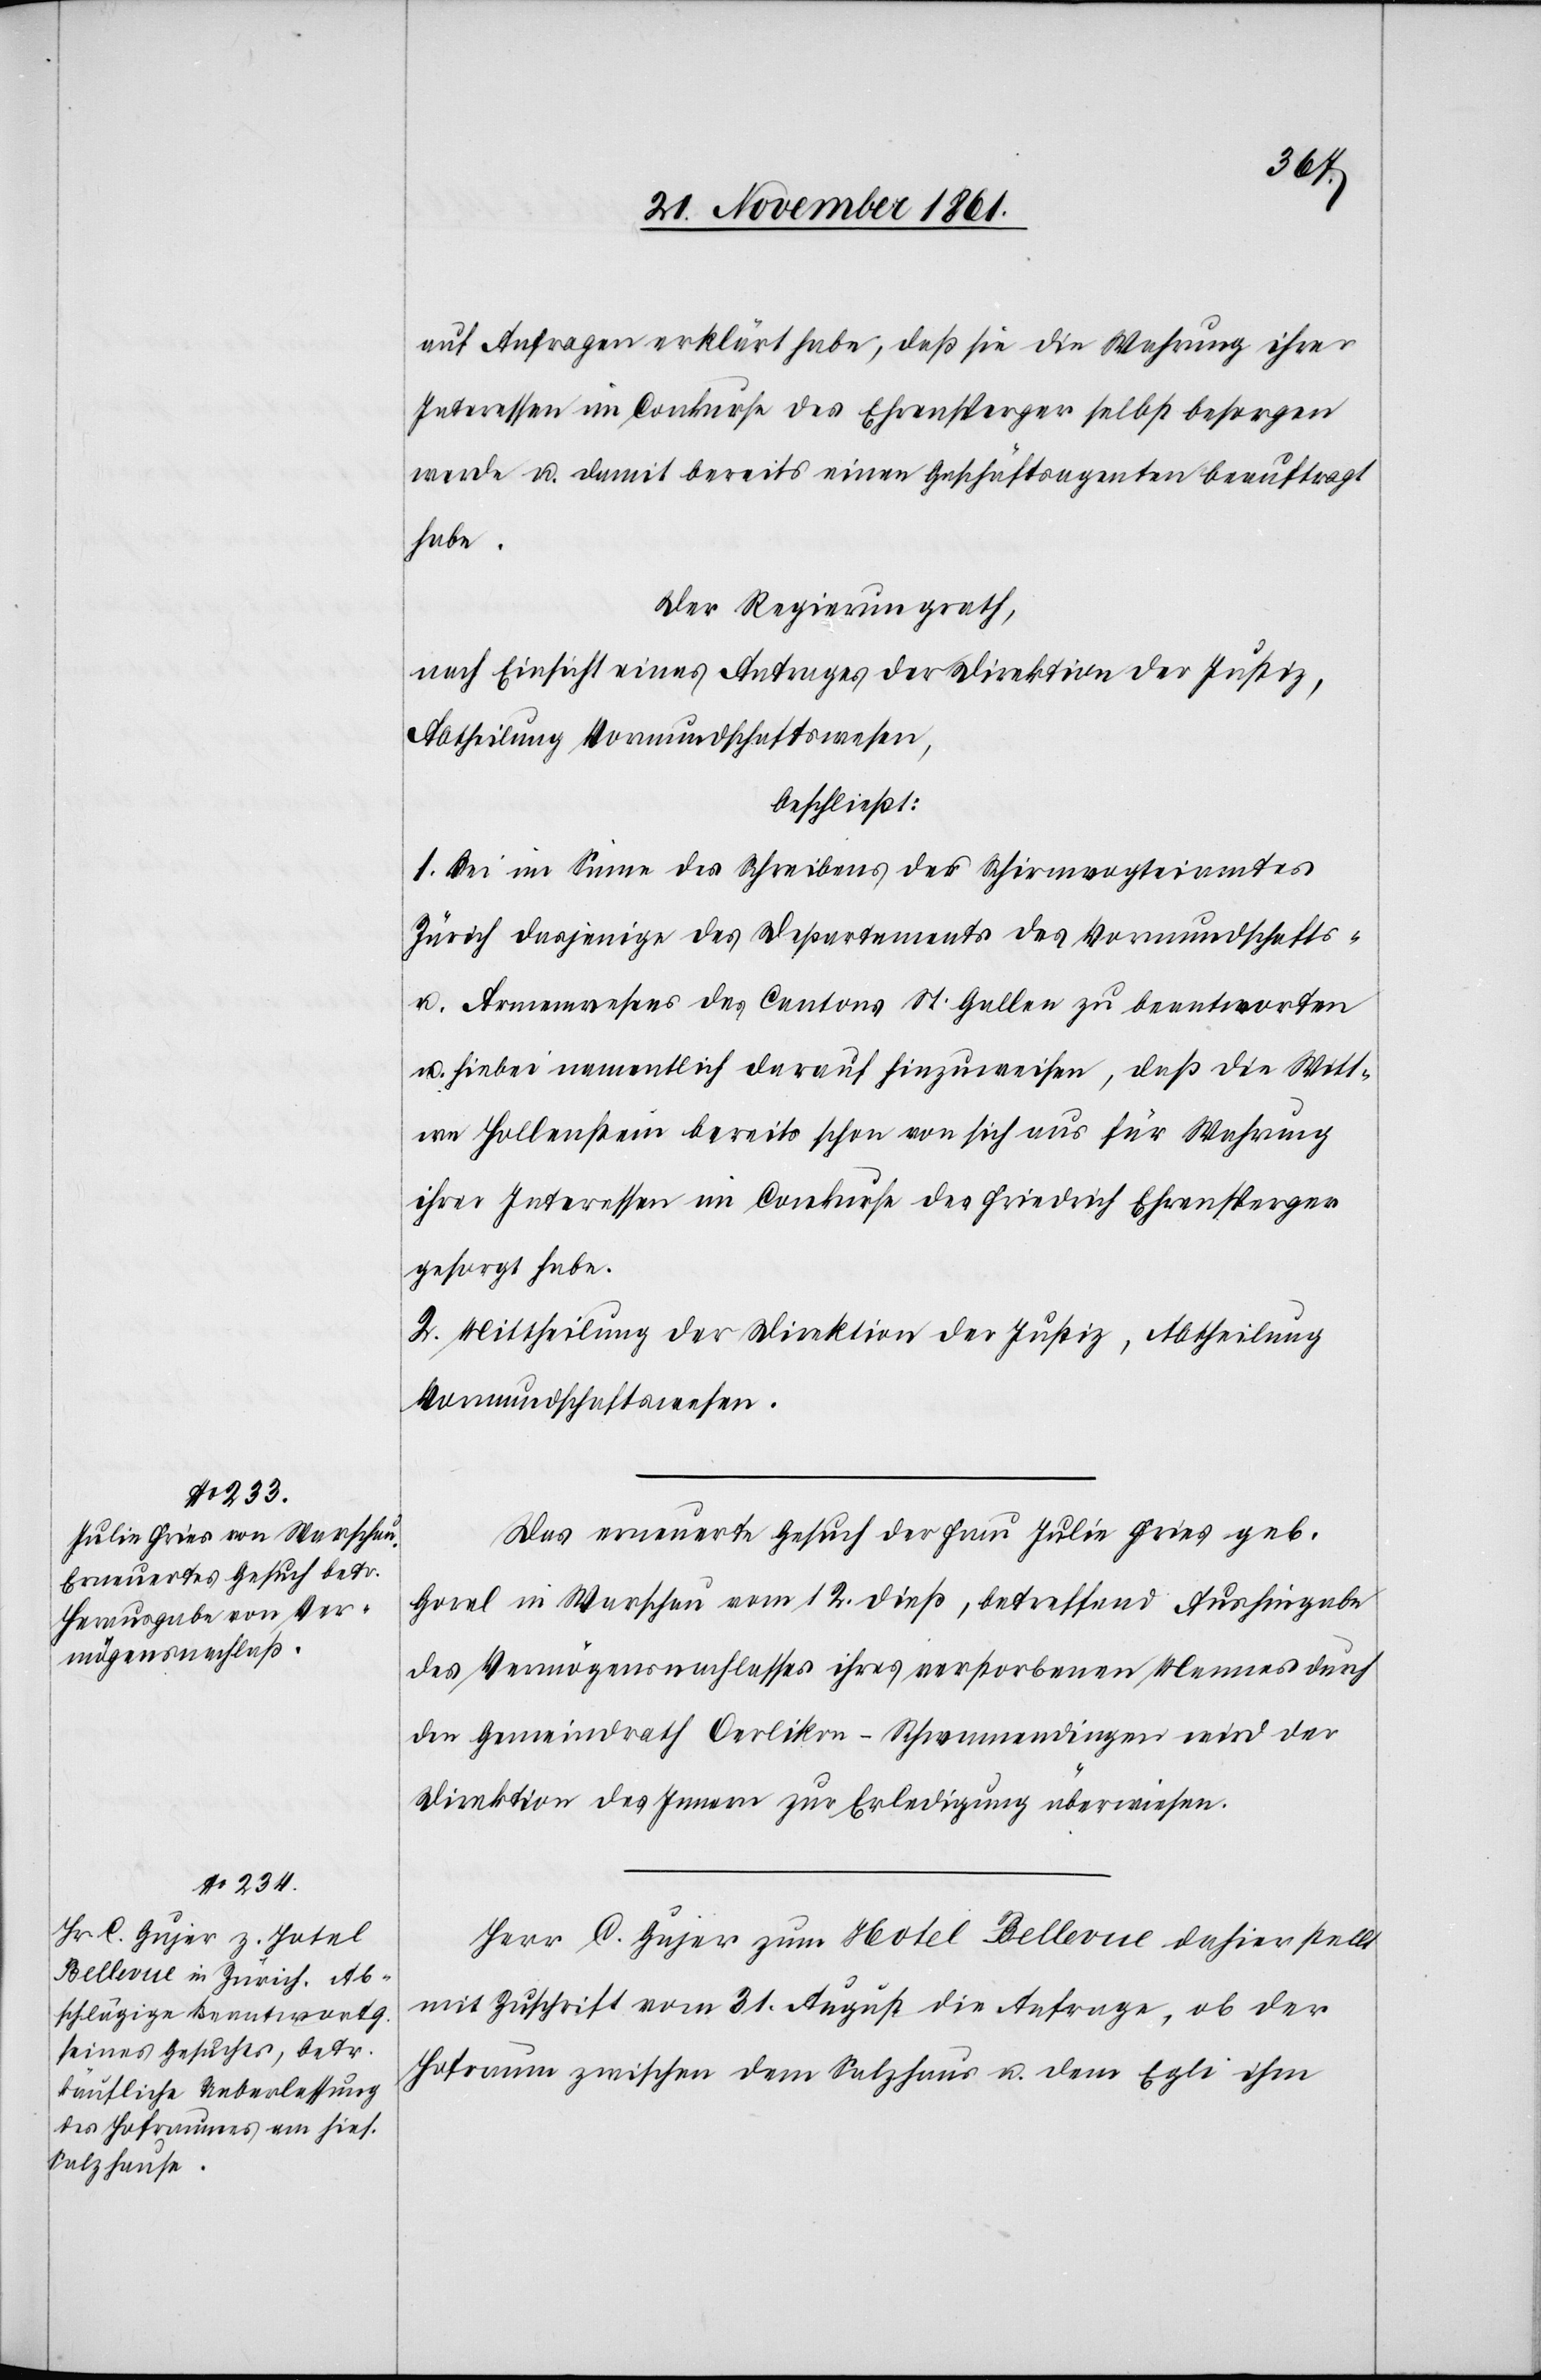
auf Anfragen erklärt habe, daß sie die Wahrung ihrer
Interessen im Conkurse des Ehrensperger selbst besorgen
werde u. damit bereits einen Geschäftsagenten beauftragt
habe.
Der Regierungsrath,
nach Einsicht eines Antrages der Direktion der Justiz,
Abtheilung Vormundschaftswesen,
beschließt:
1. Sei im Sinne des Schreibens des Schirmvogteiamtes
Zürich dasjenige des Departements des Vormundschafts-
u. Armenwesens des Cantons St. Gallen zu beantworten
u. hiebei namentlich darauf hinzuweisen, daß die Witt¬
we Hollenstein bereits schon von sich aus für Wahrung
ihrer Interessen im Conkurse des Friedrich Ehrensperger
gesorgt habe.
2. Mittheilung der Direktion der Justiz, Abtheilung
Vormundschaftswesen.
Das erneuerte Gesuch der Frau Julia Fries geb.
Gorel in Warschau vom 12 dieß, betreffend Aushingabe
des Vermögensnachlasses ihres verstorbenen Mannes durch
den Gemeindrath Oerlikon-Schwamendingen wird der
Direktion des Innern zur Erledigung überwiesen.
Herr C. Gujer zum Hotel Bellevue dahier stellt
mit Zuschrift vom 31 August die Anfrage, ob der
Hofraum zwischen dem Salzhaus u. dem Egli ihm